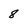
Character: 8